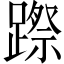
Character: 𨄊